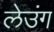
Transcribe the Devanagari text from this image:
लेउंग